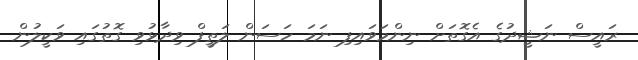
ރައީސް ނަޝީދުގެ އެގޮތަށް ނިންމަވައިފި ނަމަ ހަސަން ލަތީފް ވިދާޅުވި ގޮތުގައި ވަކީލުން